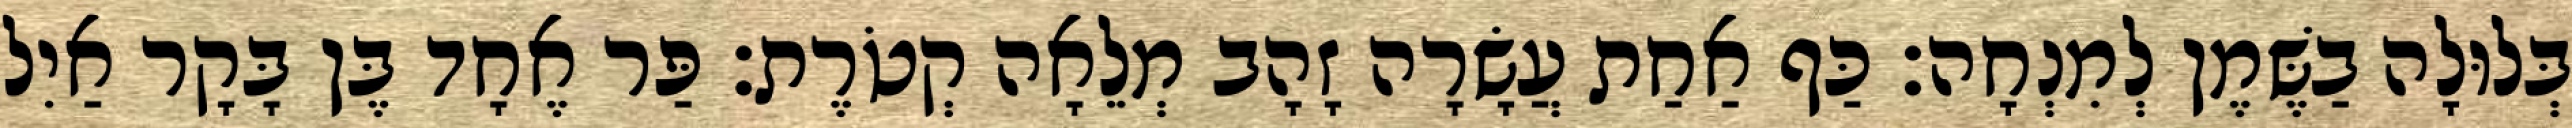
בְּלוּלָה בַשֶּׁמֶן לְמִנְחָה׃ כַּף אַחַת עֲשָׂרָה זָהָב מְלֵאָה קְטֹרֶת׃ פַּר אֶחָד בֶּן בָּקָר אַיִל